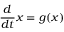
\frac { d } { d t } \boldsymbol { x } = \boldsymbol { g } ( \boldsymbol { x } )